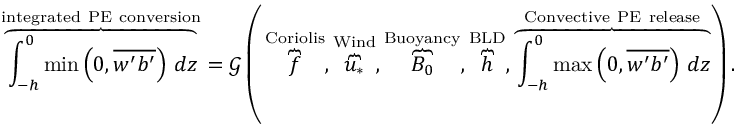
\overbrace { \int _ { - h } ^ { 0 } \operatorname* { m i n } \left( 0 , \overline { { w ^ { \prime } b ^ { \prime } } } \right) \, d z } ^ { \mathrm { { i n t e g r a t e d ~ P E ~ c o n v e r s i o n } } } = \mathcal { G } \left( \, \overbrace { f } ^ { \mathrm { C o r i o l i s } } , \overbrace { u _ { * } } ^ { \mathrm { W i n d } } , \overbrace { B _ { 0 } } ^ { \mathrm { B u o y a n c y } } , \overbrace { h } ^ { \mathrm { B L D } } , \overbrace { \int _ { - h } ^ { 0 } \operatorname* { m a x } \left( 0 , \overline { { w ^ { \prime } b ^ { \prime } } } \right) \, d z } ^ { \mathrm { C o n v e c t i v e ~ P E ~ r e l e a s e } } \right) .